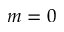
m = 0